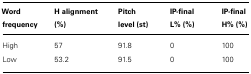
<table><thead><tr><td><b>Word frequency</b></td><td><b>H alignment (%)</b></td><td><b>Pitch level (st)</b></td><td><b>IP-final L% (%)</b></td><td><b>IP-final H% (%)</b></td></tr></thead><tbody><tr><td>High</td><td>57</td><td>91.8</td><td>0</td><td>100</td></tr><tr><td>Low</td><td>53.2</td><td>91.5</td><td>0</td><td>100</td></tr></tbody></table>